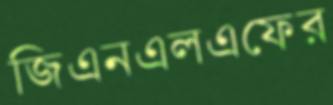
জিএনএলএফের